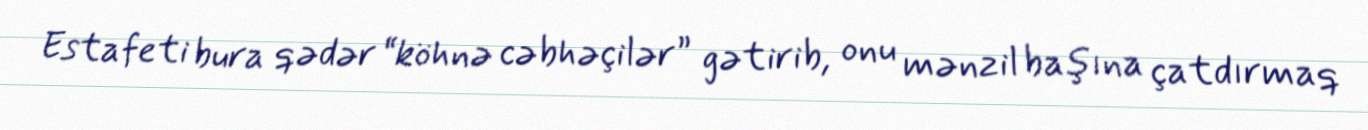
Estafeti bura qədər “köhnə cəbhəçilər” gətirib, onu mənzil başına çatdırmaq